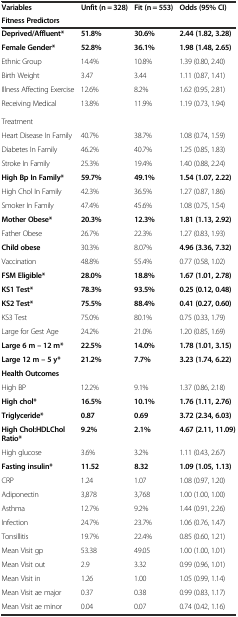
<table><thead><tr><td><b>Variables</b></td><td><b>Unfit (n = 328)</b></td><td><b>Fit (n = 553)</b></td><td><b>Odds (95% CI)</b></td></tr><tr><td><b>Fitness Predictors</b></td><td></td><td></td><td></td></tr></thead><tbody><tr><td><b>Deprived/Affluent*</b></td><td><b>51.8%</b></td><td><b>30.6%</b></td><td><b>2.44 (1.82, 3.28)</b></td></tr><tr><td><b>Female Gender*</b></td><td><b>52.8%</b></td><td><b>36.1%</b></td><td><b>1.98 (1.48, 2.65)</b></td></tr><tr><td>Ethnic Group</td><td>14.4%</td><td>10.8%</td><td>1.39 (0.80, 2.40)</td></tr><tr><td>Birth Weight</td><td>3.47</td><td>3.44</td><td>1.11 (0.87, 1.41)</td></tr><tr><td>Illness Affecting Exercise</td><td>12.6%</td><td>8.2%</td><td>1.62 (0.95, 2.81)</td></tr><tr><td>Receiving Medical Treatment</td><td>13.8%</td><td>11.9%</td><td>1.19 (0.73, 1.94)</td></tr><tr><td>Heart Disease In Family</td><td>40.7%</td><td>38.7%</td><td>1.08 (0.74, 1.59)</td></tr><tr><td>Diabetes In Family</td><td>46.2%</td><td>40.7%</td><td>1.25 (0.85, 1.83)</td></tr><tr><td>Stroke In Family</td><td>25.3%</td><td>19.4%</td><td>1.40 (0.88, 2.24)</td></tr><tr><td><b>High Bp In Family*</b></td><td><b>59.7%</b></td><td><b>49.1%</b></td><td><b>1.54 (1.07, 2.22)</b></td></tr><tr><td>High Chol In Family</td><td>42.3%</td><td>36.5%</td><td>1.27 (0.87, 1.86)</td></tr><tr><td>Smoker In Family</td><td>47.4%</td><td>45.6%</td><td>1.08 (0.75, 1.54)</td></tr><tr><td><b>Mother Obese*</b></td><td><b>20.3%</b></td><td><b>12.3%</b></td><td><b>1.81 (1.13, 2.92)</b></td></tr><tr><td>Father Obese</td><td>26.7%</td><td>22.3%</td><td>1.27 (0.83, 1.93)</td></tr><tr><td><b>Child obese</b></td><td>30.3%</td><td>8.07%</td><td><b>4.96 (3.36, 7.32)</b></td></tr><tr><td>Vaccination</td><td>48.8%</td><td>55.4%</td><td>0.77 (0.58, 1.02)</td></tr><tr><td><b>FSM Eligible*</b></td><td><b>28.0%</b></td><td><b>18.8%</b></td><td><b>1.67 (1.01, 2.78)</b></td></tr><tr><td><b>KS1 Test*</b></td><td><b>78.3%</b></td><td><b>93.5%</b></td><td><b>0.25 (0.12, 0.48)</b></td></tr><tr><td><b>KS2 Test*</b></td><td><b>75.5%</b></td><td><b>88.4%</b></td><td><b>0.41 (0.27, 0.60)</b></td></tr><tr><td>KS3 Test</td><td>75.0%</td><td>80.1%</td><td>0.75 (0.33, 1.79)</td></tr><tr><td>Large for Gest Age</td><td>24.2%</td><td>21.0%</td><td>1.20 (0.85, 1.69)</td></tr><tr><td><b>Large 6 m – 12 m*</b></td><td><b>22.5%</b></td><td><b>14.0%</b></td><td><b>1.78 (1.01, 3.15)</b></td></tr><tr><td><b>Large 12 m – 5 y*</b></td><td><b>21.2%</b></td><td><b>7.7%</b></td><td><b>3.23 (1.74, 6.22)</b></td></tr><tr><td><b>Health Outcomes</b></td><td></td><td></td><td></td></tr><tr><td>High BP</td><td>12.2%</td><td>9.1%</td><td>1.37 (0.86, 2.18)</td></tr><tr><td><b>High chol*</b></td><td><b>16.5%</b></td><td><b>10.1%</b></td><td><b>1.76 (1.11, 2.76)</b></td></tr><tr><td><b>Triglyceride*</b></td><td><b>0.87</b></td><td><b>0.69</b></td><td><b>3.72 (2.34, 6.03)</b></td></tr><tr><td><b>High Chol:HDLChol Ratio*</b></td><td><b>9.2%</b></td><td><b>2.1%</b></td><td><b>4.67 (2.11, 11.09)</b></td></tr><tr><td>High glucose</td><td>3.6%</td><td>3.2%</td><td>1.11 (0.43, 2.67)</td></tr><tr><td><b>Fasting insulin*</b></td><td><b>11.52</b></td><td><b>8.32</b></td><td><b>1.09 (1.05, 1.13)</b></td></tr><tr><td>CRP</td><td>1.24</td><td>1.07</td><td>1.08 (0.97, 1.20)</td></tr><tr><td>Adiponectin</td><td>3,878</td><td>3,768</td><td>1.00 (1.00, 1.00)</td></tr><tr><td>Asthma</td><td>12.7%</td><td>9.2%</td><td>1.44 (0.91, 2.26)</td></tr><tr><td>Infection</td><td>24.7%</td><td>23.7%</td><td>1.06 (0.76, 1.47)</td></tr><tr><td>Tonsillitis</td><td>19.7%</td><td>22.4%</td><td>0.85 (0.60, 1.21)</td></tr><tr><td>Mean Visit gp</td><td>53.38</td><td>49.05</td><td>1.00 (1.00, 1.01)</td></tr><tr><td>Mean Visit out</td><td>2.9</td><td>3.32</td><td>0.99 (0.96, 1.01)</td></tr><tr><td>Mean Visit in</td><td>1.26</td><td>1.00</td><td>1.05 (0.99, 1.14)</td></tr><tr><td>Mean Visit ae major</td><td>0.37</td><td>0.38</td><td>0.99 (0.83, 1.17)</td></tr><tr><td>Mean Visit ae minor</td><td>0.04</td><td>0.07</td><td>0.74 (0.42, 1.16)</td></tr></tbody></table>